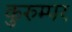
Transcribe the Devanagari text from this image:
कुरुम्पर